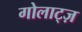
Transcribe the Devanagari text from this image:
गोलाट्ज़